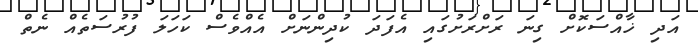
އަދި ޚާއްސަކޮށް ގިނަ ރަށްރަށުގައި އެފަދަ ކުދިންނަށް އެއްވެސް ކަހަލަ ފުރުސަތެއް ނެތް